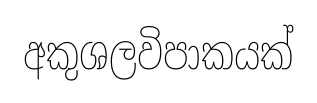
අකුශලවිපාකයක්